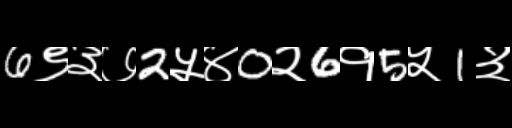
Text: 6९३७2५४0२6१5५1३